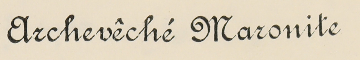
Archevêché Maronite